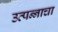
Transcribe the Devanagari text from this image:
उत्पन्‍नाचा